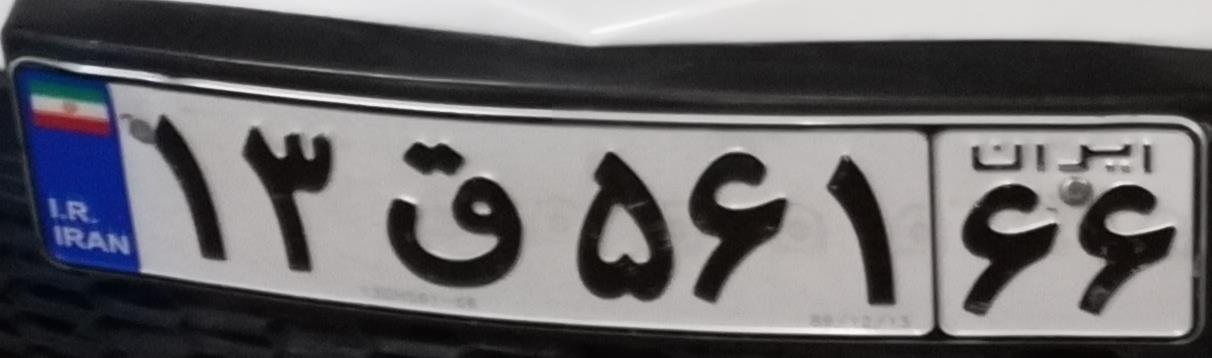
۱۳ق۵۶۱۶۶